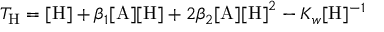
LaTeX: T _ { \mathrm { H } } = \mathrm { [ H ] } + \beta _ { 1 } \mathrm { [ A ] [ H ] } + 2 \beta _ { 2 } \mathrm { [ A ] [ H ] } ^ { 2 } - K _ { w } [ \mathrm { H } ] ^ { - 1 }